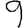
Digit: 9